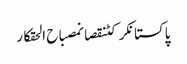
پاکستانکرکٹنقصانمصباح الحقکار